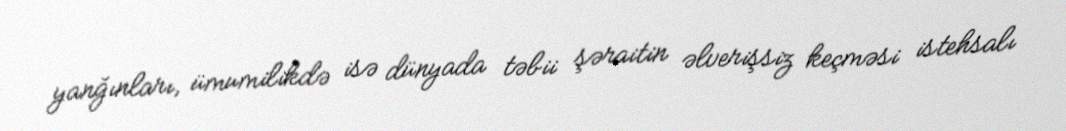
yanğınları, ümumilikdə isə dünyada təbii şəraitin əlverişsiz keçməsi istehsalı